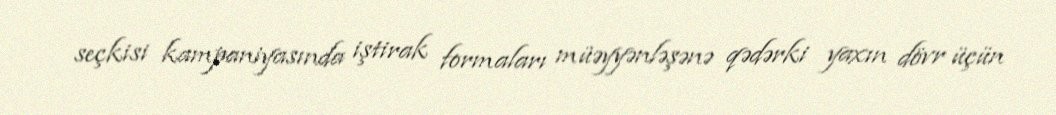
seçkisi kampaniyasında iştirak formaları müəyyənləşənə qədərki yaxın dövr üçün